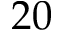
2 0